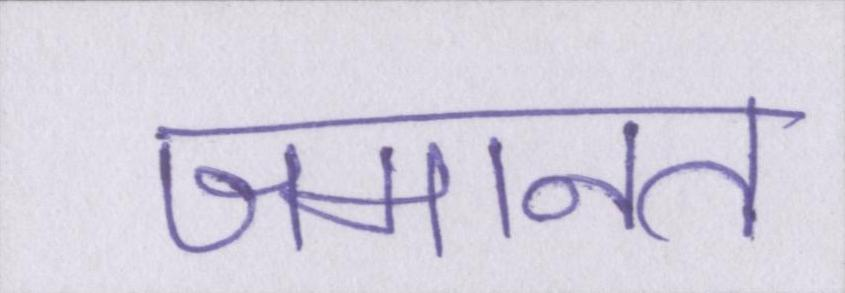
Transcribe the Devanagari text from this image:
जमानत